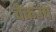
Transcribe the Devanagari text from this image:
वेकउप